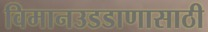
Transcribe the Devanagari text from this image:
विमानउडडाणासाठी